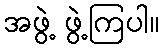
အဖွဲ့ ဖွဲ့ကြပါ။